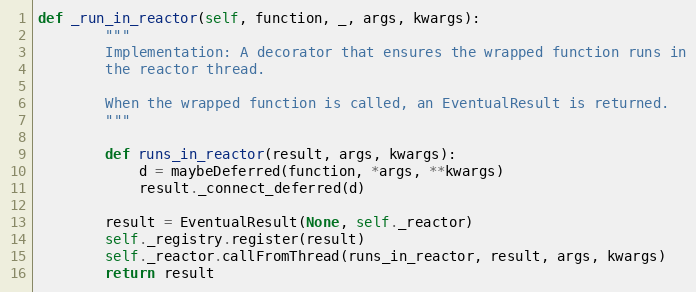
Language: Python
def _run_in_reactor(self, function, _, args, kwargs):
        """
        Implementation: A decorator that ensures the wrapped function runs in
        the reactor thread.

        When the wrapped function is called, an EventualResult is returned.
        """

        def runs_in_reactor(result, args, kwargs):
            d = maybeDeferred(function, *args, **kwargs)
            result._connect_deferred(d)

        result = EventualResult(None, self._reactor)
        self._registry.register(result)
        self._reactor.callFromThread(runs_in_reactor, result, args, kwargs)
        return result